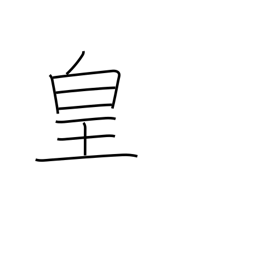
Meaning: emperor